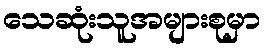
သေဆုံးသူအများစုမှာ